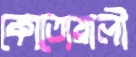
কোতোয়ালী